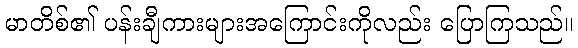
မာတိစ်၏ ပန်းချီကားများအကြောင်းကိုလည်း ပြောကြသည်။